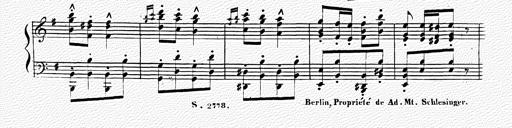
Title: Ungarischer Sturmmarsch
Composer: Franz Liszt
Key: E minor